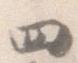
四